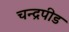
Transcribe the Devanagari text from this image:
चन्द्रपीड